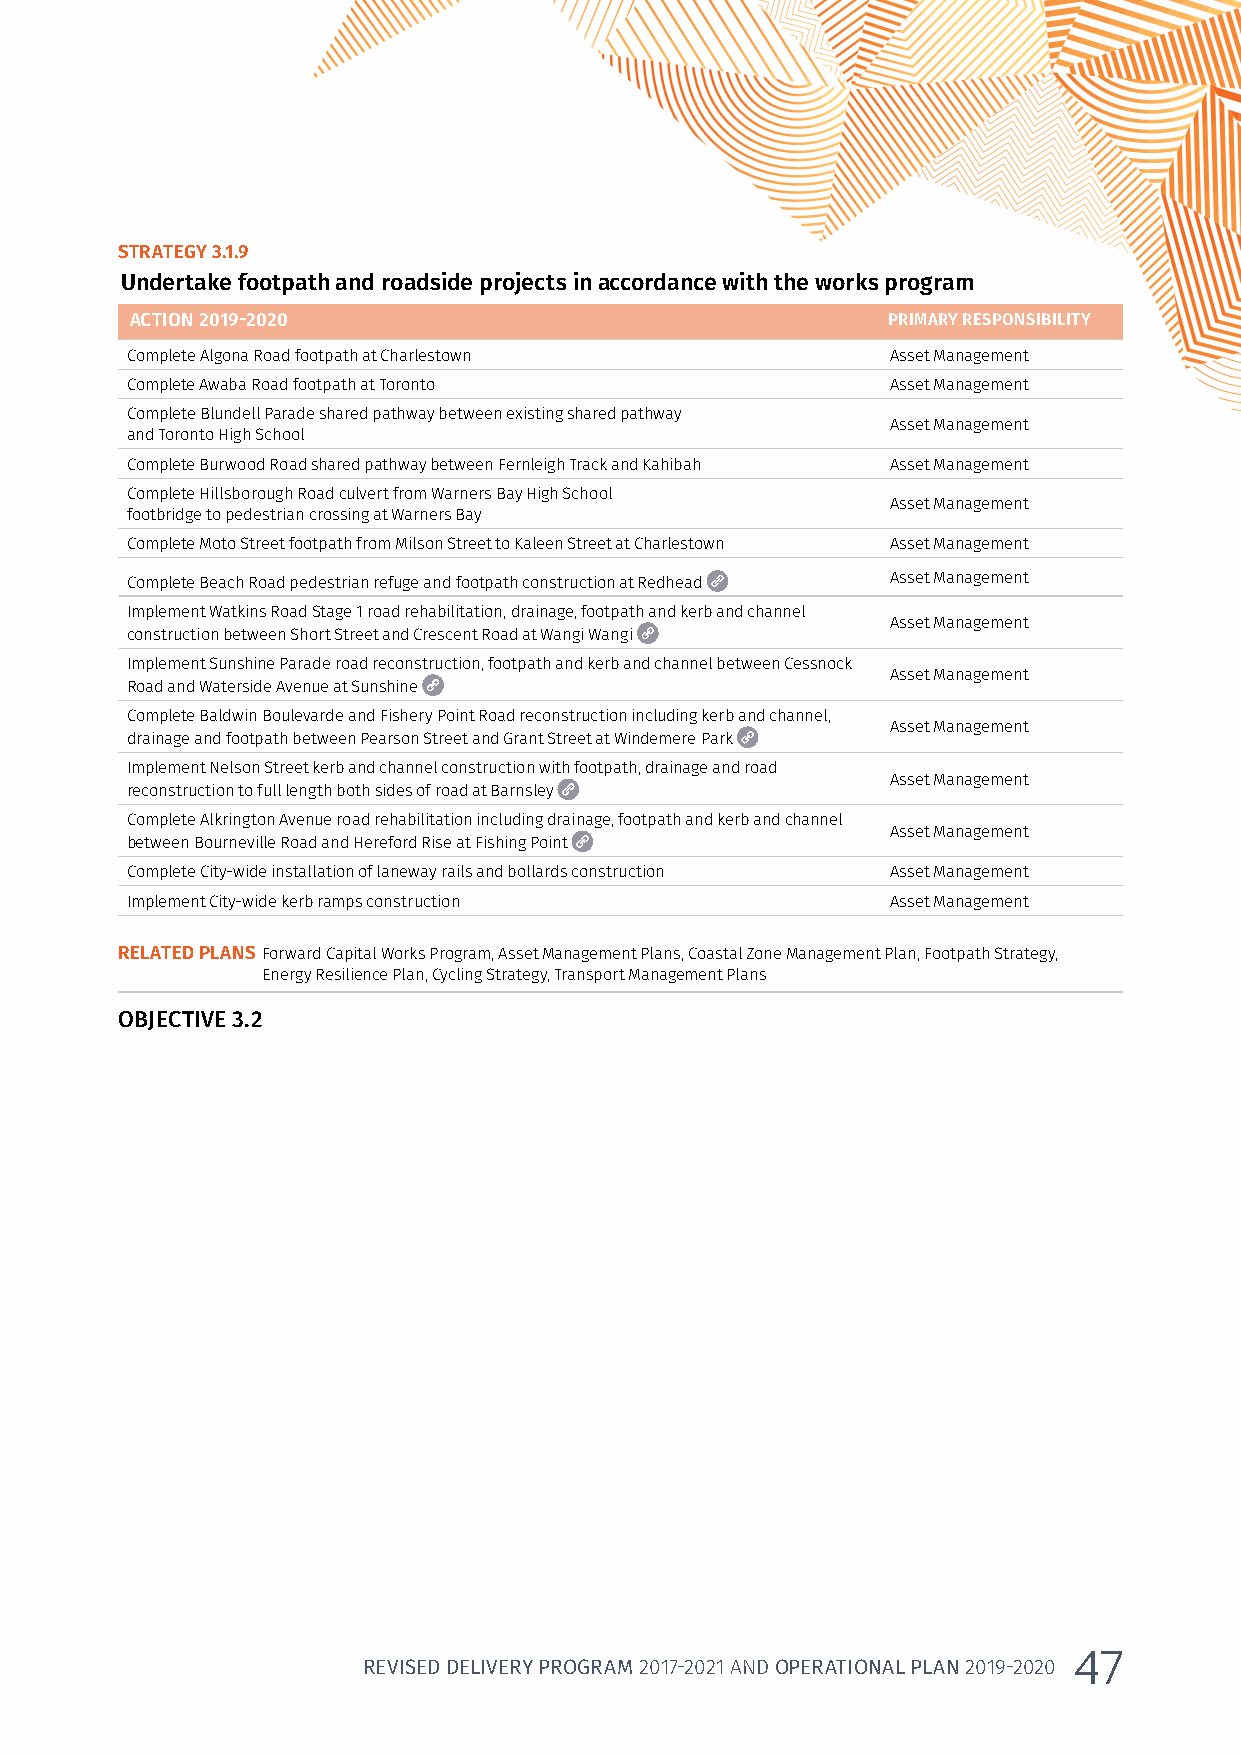
STRATEGY 3.1.9
 Undertake footpath and roadside projects in accordance with the works program
 ACTION 2019-2020                                  PRIMARY RESPONSIBILITY
 Complete Algona Road footpath at Charlestown       Asset Management
 Complete Awaba Road footpath at Toronto            Asset Management
 Complete Blundell Parade shared pathway between existing shared pathway
 Asset Management
 and Toronto High School
 Complete Burwood Road shared pathway between Fernleigh Track and Kahibah Asset Management
 Complete Hillsborough Road culvert from Warners Bay High School
 Asset Management
 footbridge to pedestrian crossing at Warners Bay
 Complete Moto Street footpath from Milson Street to Kaleen Street at Charlestown Asset Management
 Complete Beach Road pedestrian refuge and footpath construction at Redhead Asset Management
 Implement Watkins Road Stage 1 road rehabilitation, drainage, footpath and kerb and channel
 Asset Management
 construction between Short Street and Crescent Road at Wangi Wangi
 Implement Sunshine Parade road reconstruction, footpath and kerb and channel between Cessnock
 Asset Management
 Road and Waterside Avenue at Sunshine
 Complete Baldwin Boulevarde and Fishery Point Road reconstruction including kerb and channel,
 Asset Management
 drainage and footpath between Pearson Street and Grant Street at Windemere Park
 Implement Nelson Street kerb and channel construction with footpath, drainage and road
 Asset Management
 reconstruction to full length both sides of road at Barnsley
 Complete Alkrington Avenue road rehabilitation including drainage, footpath and kerb and channel
 Asset Management
 between Bourneville Road and Hereford Rise at Fishing Point
 Complete City-wide installation of laneway rails and bollards construction Asset Management
 Implement City-wide kerb ramps construction        Asset Management
 RELATED PLANS Forward Capital Works Program, Asset Management Plans, Coastal Zone Management Plan, Footpath Strategy,
 Energy Resilience Plan, Cycling Strategy, Transport Management Plans
 OBJECTIVE 3.2
 47
 REVISED DELIVERY PROGRAM 2017-2021 AND OPERATIONAL PLAN 2019-2020